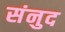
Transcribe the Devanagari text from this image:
संनुद